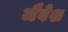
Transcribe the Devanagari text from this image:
जैवेश